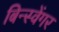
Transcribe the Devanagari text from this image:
बिन्स्वेंगर